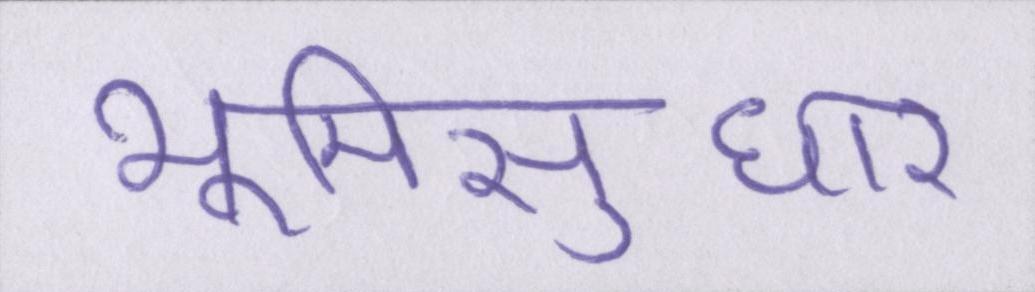
भूमिसुधार